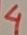
Text: 4